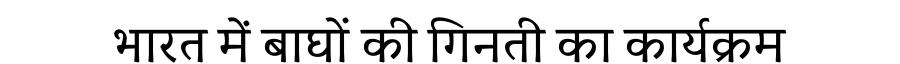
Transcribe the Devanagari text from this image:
भारत में बाघों की गिनती का कार्यक्रम